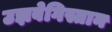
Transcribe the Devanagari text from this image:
उझबेगिस्तान